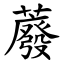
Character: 䕠